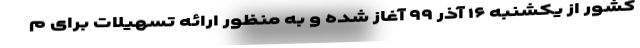
کشور از یکشنبه ۱۶ آذر ۹۹ آغاز شده و به منظور ارائه تسهیلات برای م